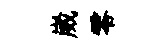
崴零